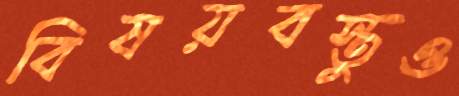
বিষয়বস্তুও